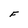
Character: F